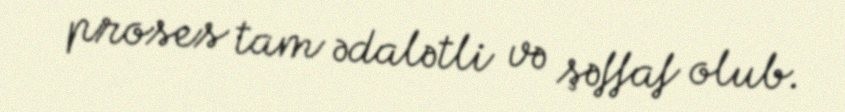
proses tam ədalətli və şəffaf olub.